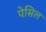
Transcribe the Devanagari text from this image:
पेसिल